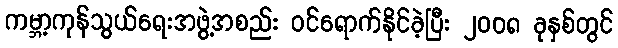
ကမ္ဘာ့ကုန်သွယ်ရေးအဖွဲ့အစည်း ဝင်ရောက်နိုင်ခဲ့ပြီး ၂၀၀၈ ခုနှစ်တွင်